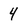
Character: 4